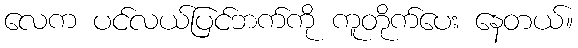
လေက ပင်လယ်ပြင်ဘက်ကို ကူတိုက်ပေး နေတယ်။